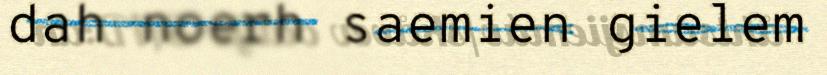
dah noerh saemien gielem